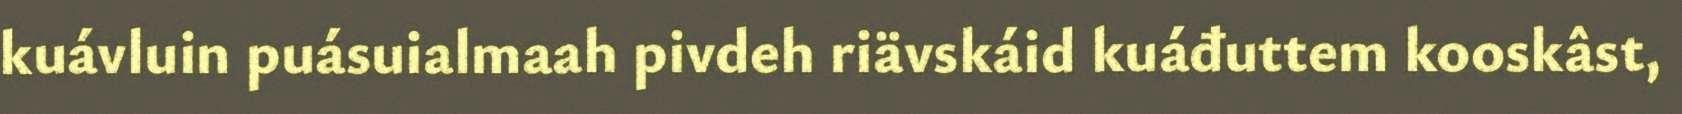
kuávluin puásuialmaah pivdeh riävskáid kuáđuttem kooskâst,